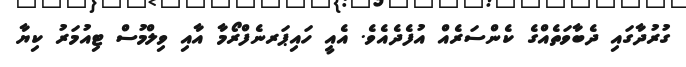
ގުރުދާގައި ދެބާވަތެއްގެ ކެންސަރެއް އުފެދެއެވެ. އެއީ ހައިޕަރނެފްރޯމާ އާއި ވިލްމުސް ޓިއުމަރު ކިޔާ